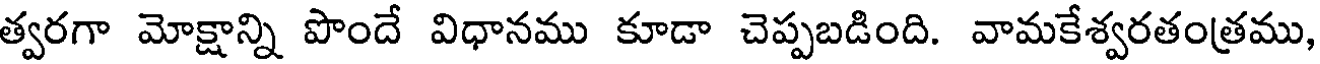
త్వరగా మోక్షాన్ని పొందే విధానము కూడా చెప్పబడింది. వామకేశ్వరతంత్రము,